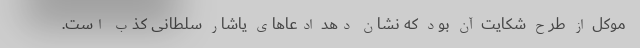
موکل از طرح شکایت آن بود که نشان دهد ادعاهای یاشار سلطانی کذب است.